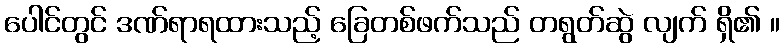
ပေါင်တွင် ဒဏ်ရာရထားသည့် ခြေတစ်ဖက်သည် တရွတ်ဆွဲ လျက် ရှိ၏ ။